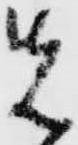
先